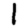
Digit: 1